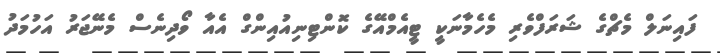
ފައިނަލް މެޗްގެ ޝަރަފްވެރި މެހެމާނަކީ ޓީއެމްއޭގެ ކޮންޓިނިއުއިންގް އެއާ ވޯދިނެސް މެނޭޖަރު އަހުމަދު